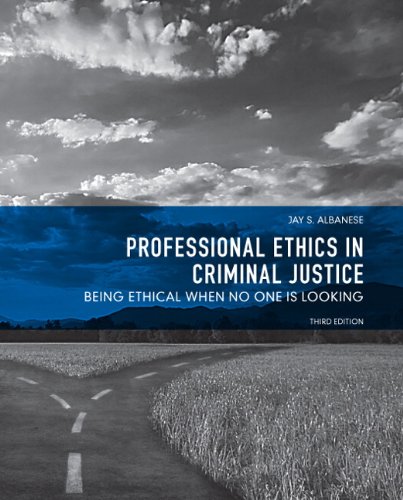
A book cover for Professional Ethics in Criminal Justice: Being Ethical When No One is Looking (3rd Edition); Jay S. Albanese; Law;